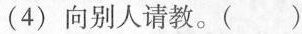
((4)向别人请教。()